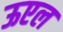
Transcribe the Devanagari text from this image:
ऊएल